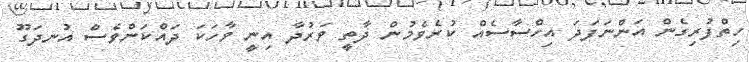
ހިތްފުރިގެން އަންނަފަދަ އިހްސާސެއް ކުރެވެމުން ދާތީ ވަރުދާ އިނީ ވާހަކަ ދައްކަންވެސް އުނދަގޫ